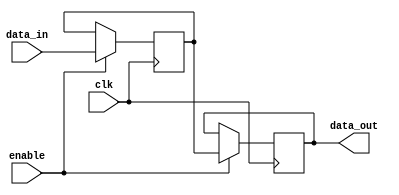
module gated_latch(
    input wire clk,
    input wire enable,
    input wire data_in,
    output reg data_out
);

reg data;

always @(posedge clk) begin
    if(enable == 1'b1) begin
        data <= data_in;
    end
end

always @(posedge clk) begin
    if(enable == 1'b1) begin
        data_out <= data;
    end
end

endmodule